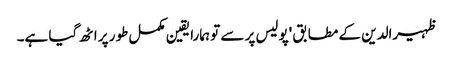
ظہیرالدین کے مطابق 'پولیس پر سے تو ہمارا یقین مکمل طور پر اٹھ گیا ہے۔